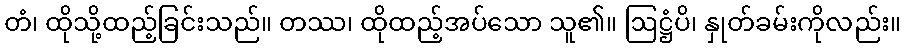
တံ၊ ထိုသို့ထည့်ခြင်းသည်။ တဿ၊ ထိုထည့်အပ်သော သူ၏။ ဩဋ္ဌံပိ၊ နှုတ်ခမ်းကိုလည်း။